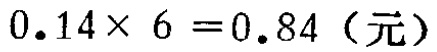
\(0.14\times 6 = 0.84\)（元）